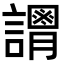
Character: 𧬴